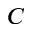
C